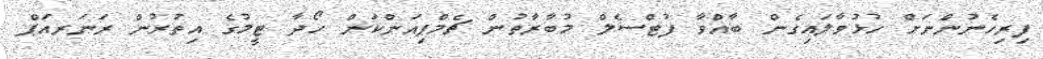
ފިރިހެނުންނަށް ހުޅުވާލައިގެން ބާއްވާ ފުޓްސެލް މުބާރާތުން ޗެމްޕިއަންކަން ހޯދާ ޓީމުގެ އިތުރުން ރަނަރއަޕް